King Institute of Preventive Medicine Bacteriolog. Section reports 1907-08
Year: 1907
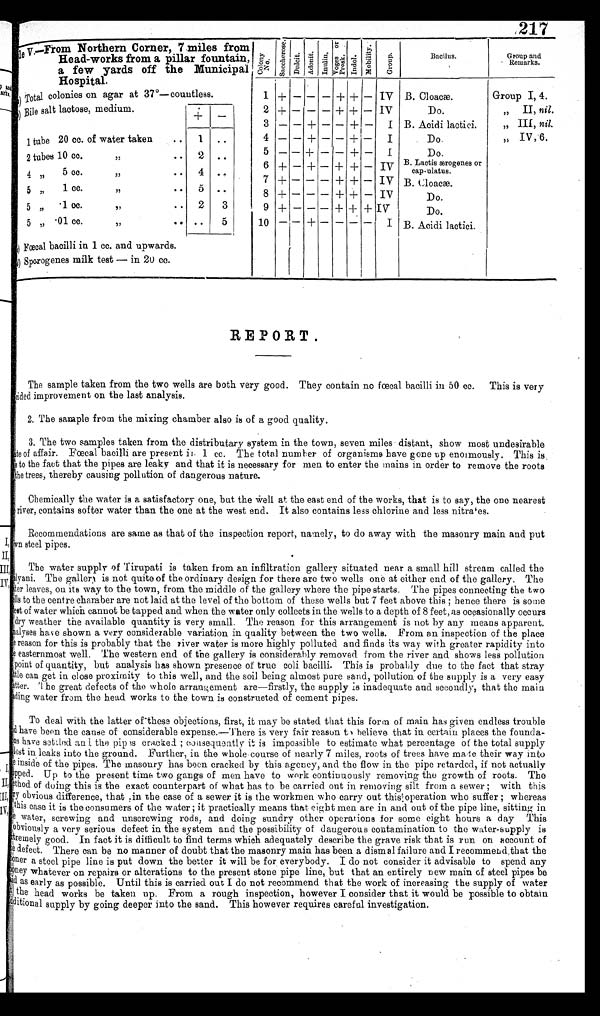
217
le V.—From Northern Corner, 7 miles from
Head-works from a pillar fountain,
a few yards off the Municipal
Hospital.
Colony
No.
Saccherose.
Dulcit.
Adonit. Inulin. Voges or
Prosk. Indol. M o b i l i t y . Group.
Bacilus.
Group and
Remarks.
a) Total colonies on agar at 37°—countless.
1 + — — — + + — IV B. Cloacæ.
Group I, 4.
b) Bile salt lactose, medium.
+
—
2 +
— — — + + — IV
Do.
„
II, nil.
3 — — + — — + — I B. Acidi lactici.
„ III, nil.
1 tube 20 cc. of water taken
..
1 ..
4 — — + — — +
—
I
Do.
„ IV, 6.
2 tubes 10 cc.
„
..
2 ..
5 — — +
— —
+
—
I
Do.
4
„
5 cc.
„
..
4
..
6 + — + — + + — IV
B. Lactis ærogenes or
cap-sulatus.
7 +
— — —
+ +
—
IV B. Cloacæ.
5 „
1 cc.
„
..
5 ..
8
+
— — —
+
+
—
IV
Do.
5 „
.1 cc.
,,
..
2
3
9
+
— — — + + + IV
Do.
5 ,, .01 cc.
„
..
5
10 — — + — — — —
I B. Acidi lactici.
c ) F œ c a l b a c i l l i i n 1 c c . a n d u p w a r d s .
d) Sparogenes milk test — in 20 cc.
REPORT.
The sample taken from the two wells are both very good. They contain no fœcal bacilli in 50 cc. This is very
cided improvement on the last analysis.
2.
The sample from the mixing chamber also is of a good quality.
3.
The two samples taken from the distributary system in the town, seven miles distant, show most undesirable
of affair. Fœcal bacilli are present in 1 cc. The total number of organisms have gone up enormously. This is
t o t h e f a c t t h a t t h e p i p e s a r e l e a k y a n d t h a t i t i s n e c e s s a r y f o r m e n t o e n t e r t h e m a i n s i n o r d e r t o r e m o v e t h e r o o t s
t h e t r e e s , t h e r e b y c a u s i n g p o l l u t i o n o f d a n g e r o u s n a t u r e .
Chemically the water is a satisfactory one, but the well at the east end of the works, that is to say, the one nearest
river, contains softer water than the one at the west end. It also contains less chlorine and less nitrates.
Recommendations are same as that of the inspection report, namely, to do away with the masonry main and put
wn steel pipes.
The water supply of Tirupati is taken from an infiltration gallery situated near a small hill stream called the
l y a n i . T h e g a l l e r y i s n o t q u i t e o f t h e o r d i n a r y d e s i g n f o r t h e r e a r e t w o w e l l s o n e a t e i t h e r e n d o f t h e g a l l e r y . T h e
t e r l e a v e s , o n i t s w a y t o t h e t o w n , f r o m t h e m i d d l e o f t h e g a l l e r y w h e r e t h e p i p e s t a r t s . T h e p i p e s c o n n e c t i n g t h e t w o
e l l s t o t h e c e n t r e c h a m b e r a r e n o t l a i d a t t h e l e v e l o f t h e b o t t o m o f t h e s e w e l l s b u t 7 f e e t a b o v e t h i s ; h e n c e t h e r e i s s o m e
of water which cannot be tapped and when the water only collects in the wells to a depth of 8 feet, as occasionally occurs
d r y w e a t h e r t h e a v a i l a b l e q u a n t i t y i s v e r y s m a l l . T h e r e a s o n f o r t h i s a r r a n g e m e n t i s n o t b y a n y m e a n s a p p a r e n t .
a l y s e s h a v e s h o w n a v e r y c o n s i d e r a b l e v a r i a t i o n i n q u a l i t y b e t w e e n t h e t w o w e l l s . F r o m a n i n s p e c t i o n o f t h e p l a c e
r e a s o n f o r t h i s i s p r o b a b l y t h a t t h e r i v e r w a t e r i s m o r e h i g h l y p o l l u t e d a n d f i n d s i t s w a y w i t h g r e a t e r r a p i d i t y i n t o
e e a s t e r n m o s t w e l l . T h e w e s t e r n e n d o f t h e g a l l e r y i s c o n s i d e r a b l y r e m o v e d f r o m t h e r i v e r a n d s h o w s l e s s p o l l u t i o n
p o i n t o f q u a n t i t y , b u t a n a l y s i s h a s s h o w n p r e s e n c e o f t r u e c o l i b a c i l l i . T h i s i s p r o b a b l y d u e t o t h e f a c t t h a t s t r a y
t t l e c a n g e t i n c l o s e p r o x i m i t y t o t h i s w e l l , a n d t h e s o i l b e i n g a l m o s t p u r e s a n d , p o l l u t i o n o f t h e s u p p l y i s a v e r y e a s y
a t t e r . T h e g r e a t d e f e c t s o f t h e w h o l e a r r a n g e m e n t a r e — f i r s t l y , t h e s u p p l y i s i n a d e q u a t e a n d s e c o n d l y , t h a t t h e m a i n
d i n g w a t e r f r o m t h e h e a d w o r k s t o t h e t o w n i s c o n s t r u c t e d o f c e m e n t p i p e s .
To deal with the latter of these objections, first, it may be stated that this form of main has given endless trouble
d have been the cause of considerable expense.—There is very fair reason to believe that in certain places the founda
-ns have settled and the pipes cracked ; consequently it is impossible to estimate what percentage of the total supply
lost in leaks into the ground. Further, in the whole course of nearly 7 miles, roots of trees have made their way into
e inside of the pipes. The masonry has been cracked by this agency, and the flow in the pipe retarded, if not actually
pped. Up to the present time two gangs of men have to work continuously removing the growth of roots. The
ethod of doing this is the exact counterpart of what has to be carried out in removing silt from a sewer ; with this
ry obvious difference, that in the case of a sewer it is the workmen who carry out this operation who suffer ; whereas
this case it is the consumers of the water; it practically means that eight men are in and out of the pipe line, sitting in
the water, screwing and unscrewing rods, and doing sundry other operations for some eight hours a day This
obviously a very serious defect in the system and the possibility of dangerous contamination to the water-supply is
tremely good. In fact it is difficult to find terms which adequately describe the grave risk that is run on account of
he defect. There can be no manner of doubt that the masonry main has been a dismal failure and I recommend that the
ooner a steel pipe line is put down the better it will be for everybody. I do not consider it advisable to spend any
oney whatever on repairs or alterations to the present stone pipe line, but that an entirely new main of steel pipes be
id as early as possible. Until this is carried out I do not recommend that the work of increasing the supply of water
the head works be taken up. From a rough inspection, however I consider that it would be possible to obtain
dditional supply by going deeper into the sand. This however requires careful investigation.